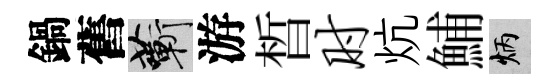
鍋舊蔪游晳肘炕鯆炳